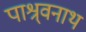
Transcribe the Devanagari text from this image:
पाश्र्वनाथ